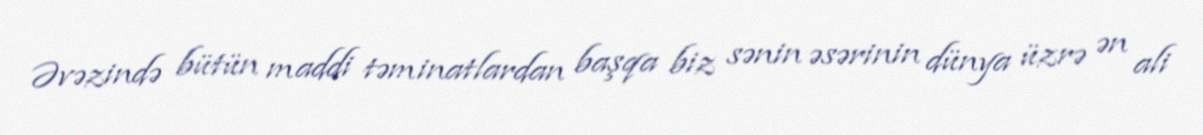
Əvəzində bütün maddi təminatlardan başqa biz sənin əsərinin dünya üzrə ən ali